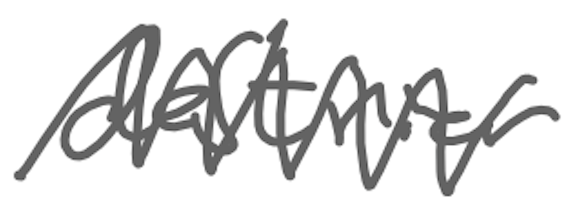
Text: destrier
Cross-out: zig-zag
Writing tool: digital_gray